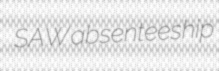
SAW absenteeship